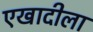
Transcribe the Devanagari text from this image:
एखादीला